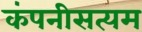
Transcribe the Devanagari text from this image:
कंपनीसत्यम